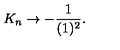
K _ { n } \rightarrow - \frac { 1 } { ( 1 ) ^ { 2 } } .